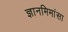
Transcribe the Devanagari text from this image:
ज्ञानमिमांसा